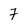
Character: 7